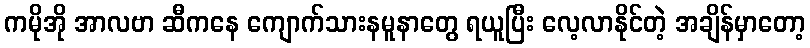
ကမိုအို အာလဗာ ဆီကနေ ကျောက်သားနမူနာတွေ ရယူပြီး လေ့လာနိုင်တဲ့ အချိန်မှာတော့